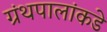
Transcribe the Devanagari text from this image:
ग्रंथपालांकडे